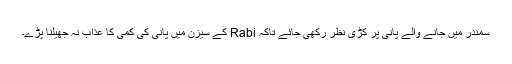
سمندر میں جانے والے پانی پر کڑی نظر رکھی جائے تاکہ Rabi کے سیزن میں پانی کی کمی کا عذاب نہ جھیلنا پڑے۔